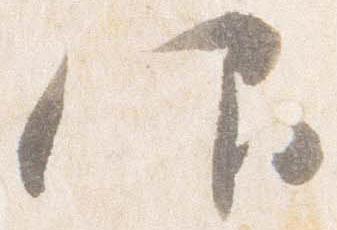
仰